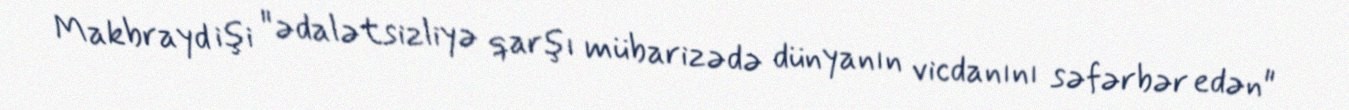
Makbrayd işi "ədalətsizliyə qarşı mübarizədə dünyanın vicdanını səfərbər edən"